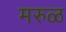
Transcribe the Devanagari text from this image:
मरुळ